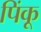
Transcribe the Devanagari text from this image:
पिंकू